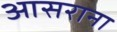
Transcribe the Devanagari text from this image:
आसराना